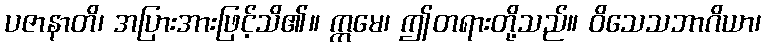
ပဇာနာတိ၊ အပြားအားဖြင့်သိ၏။ ဣမေ၊ ဤတရားတို့သည်။ ဝိသေသဘာဂိယာ၊